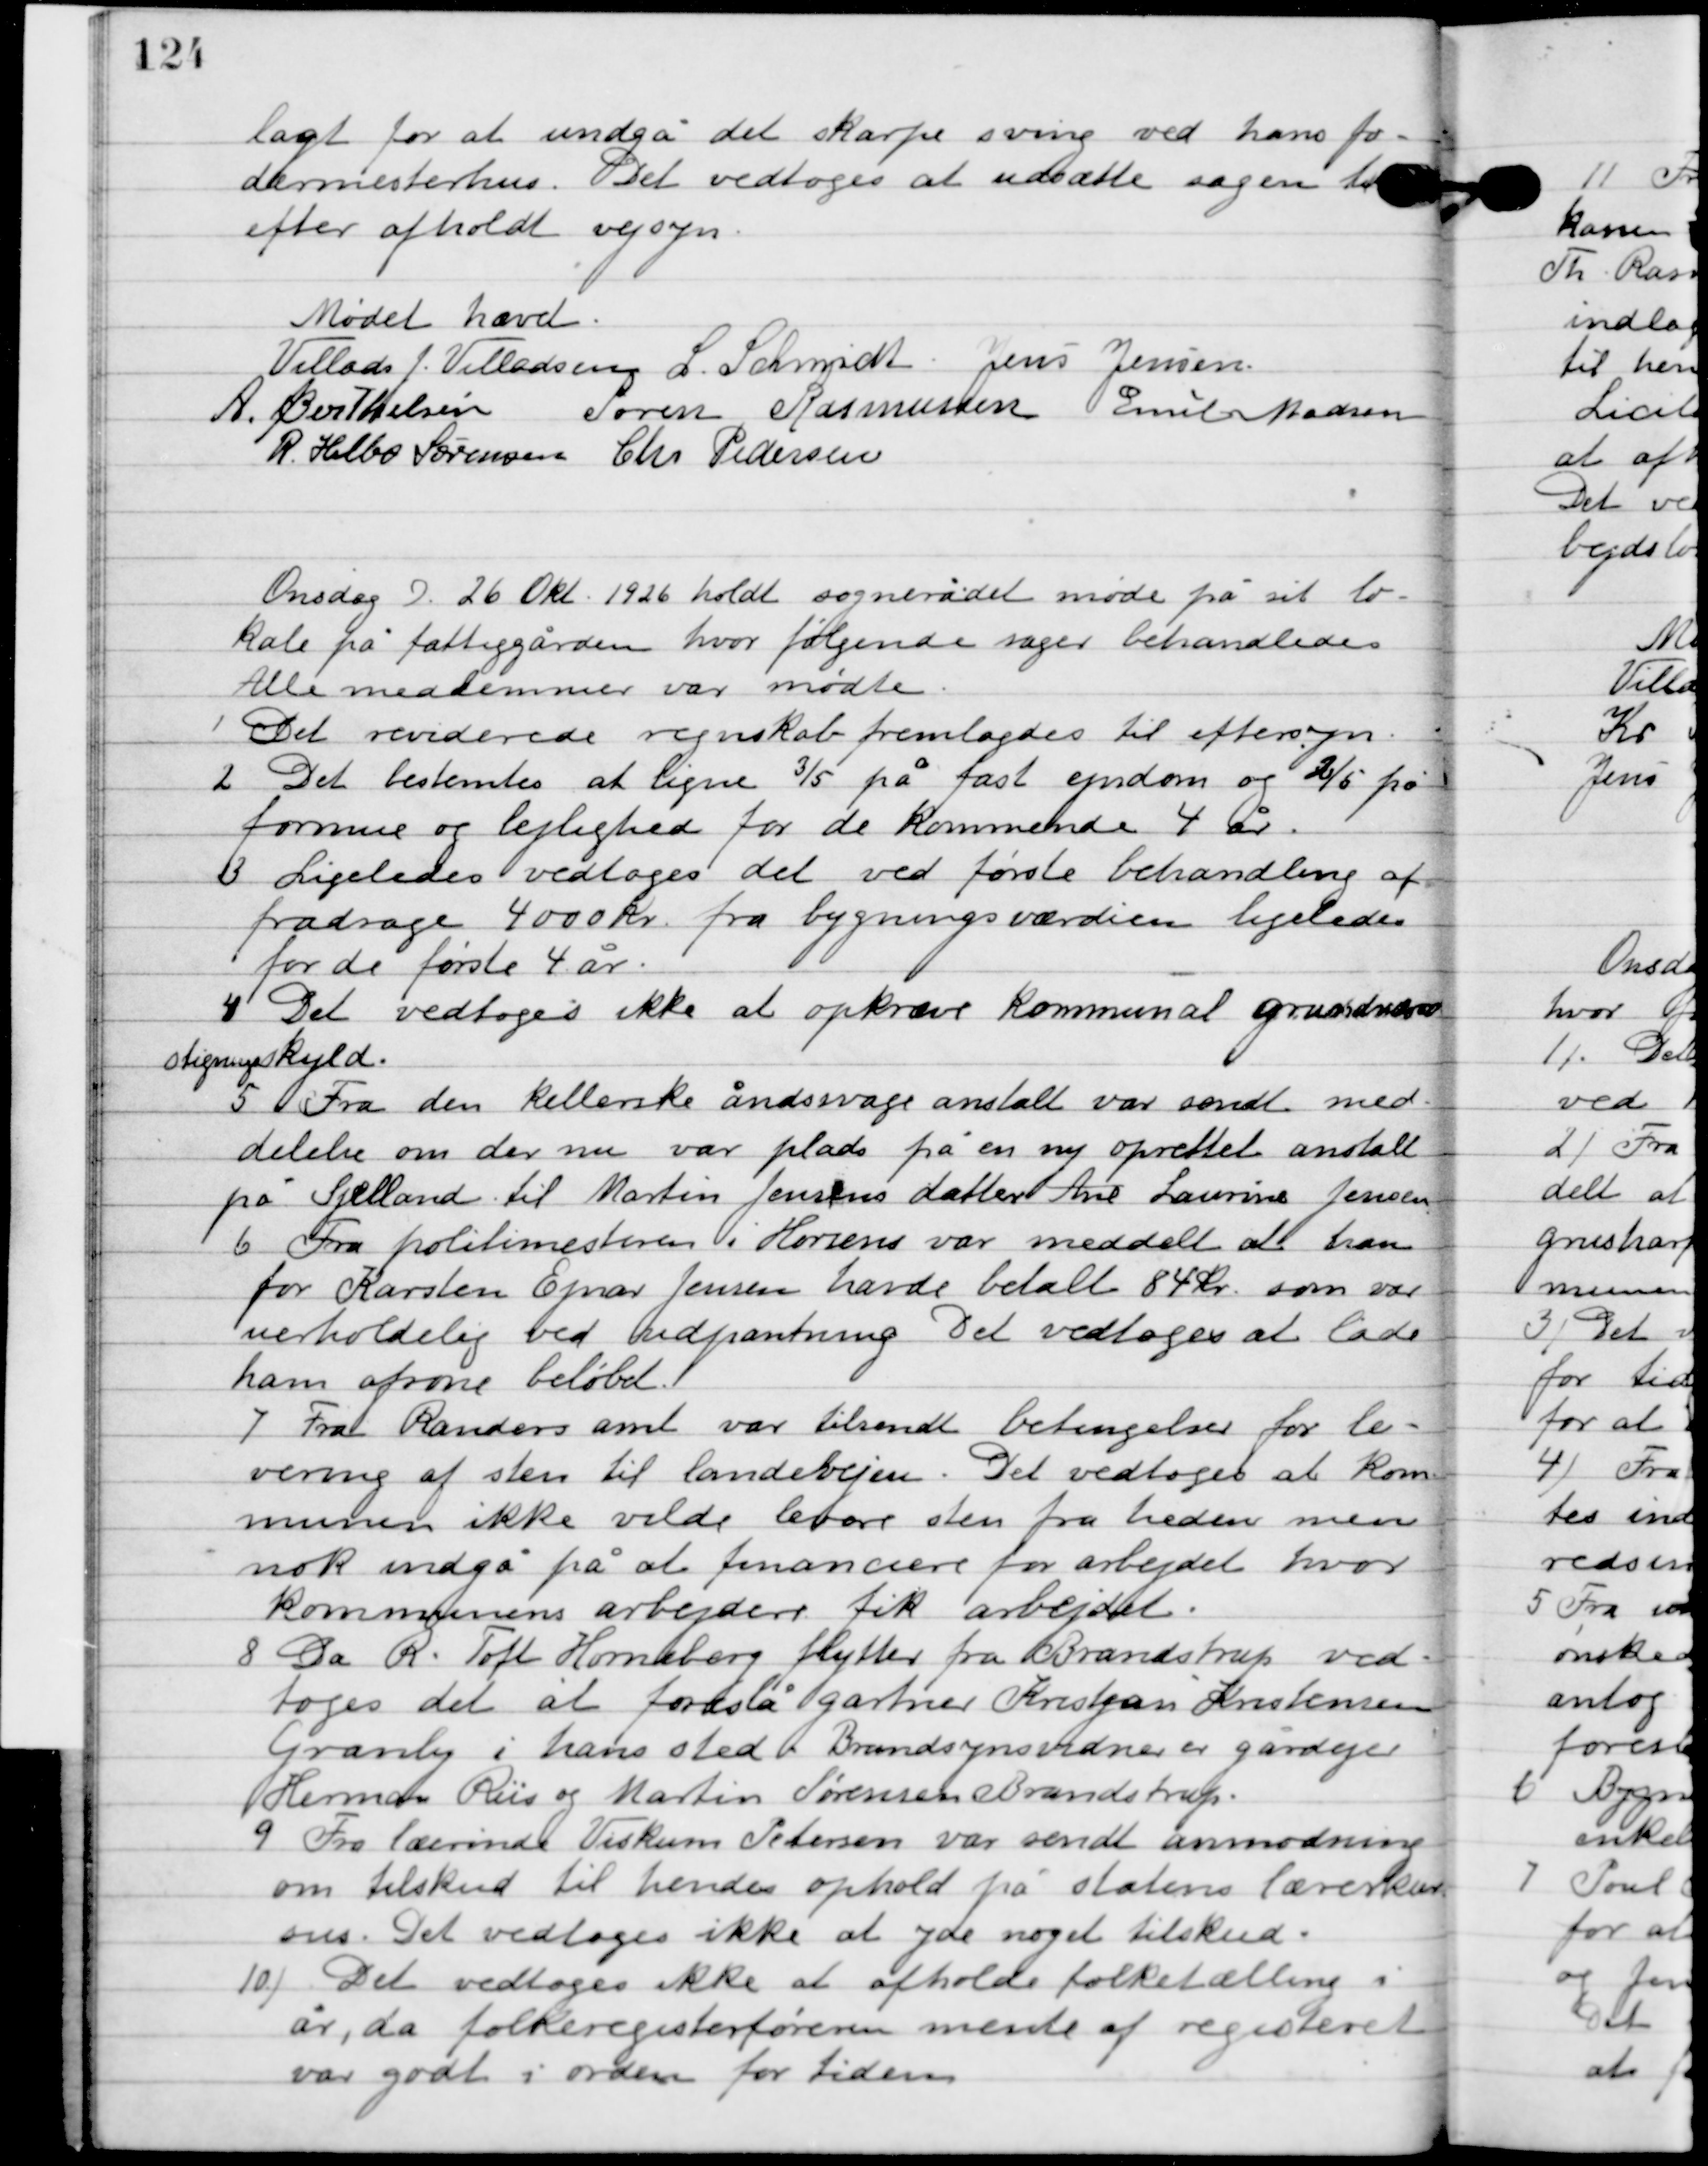
Transskription:
lagt for at undgå det skarpe sving ved hans fo-
dermesterhus. Det vedtoges at udsætte sagen til
efter afholdt vejsyn.

Mødet hævet.

Villads J. Villadsen
I. Schmidt
Jens Jensen
A. Berthelsen
Søren Rasmussen
Emil Madsen
R. Helbo Sørensen
Chr. Pedersen

Onsdag D. 26. Okt. 1926 holdt sognerådet møde på sit lo-
kale på fattiggården, hvor følgende sager behandledes.
Alle medlemmer var mødte.

1

Det reviderede regnskab fremlagdes til eftersyn.

2

Det bestemtes at ligne 3/5 på fast ejendom og 2/5 på
formue og lejlighed for de kommende 4 år.

3

Ligeledes vedtoges det ved første behandling af
fradrage 4000 kr. fra bygningsværdien ligeledes
for de første 4 år.

4

Det vedtoges ikke at opkræve kommunal grundværdi-
stigningsskyld.

5

Fra den Kellerske åndsvage anstalt var sendt med-
delelse om der nu var plads på en ny oprettet anstalt
på Sjælland til Martin Jensens datter Ane Laurine Jensen.

6

Fra politimesteren i Horsens var meddelt at han
for Karsten Ejnar Jensen havde betalt 84 kr. som var
 uerholdelig ved udpantning. Det vedtoges at lade
ham afsone beløbet.

7

Fra Randers amt var tilsendt betingelser for le-
vering af sten til landevejen. Det vedtoges at kom-
munen ikke vilde levere sten fra heden men
nok indgå på at finansiere for arbejdet hvor
Kommunens arbejdere fik arbejdet.

8

Da R. Toft Hornebeg flytter fra Brandstrup ved-
toges det at foreslå gartner Kristjan Kristensen
Grandly i hans sted. Brandsynsvidner er gårdejer
Herman ris og Martin Sørensen Brandstrup.

9

Fra lærerinde Viskum Petersen var sendt anmodning
om tilskud til hendes ophold på statens lærerkur-
sus. Det vedtoges ikke at yde noget tilskud.

10

Det vedtoges ikke at afholde folketælling i
år, da folkeregisterføreren mente af registeret
var godt i orden for tiden.